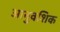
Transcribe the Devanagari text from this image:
आनुवशिक